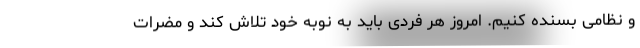
و نظامی بسنده کنیم. امروز هر فردی باید به نوبه خود تلاش کند و مضرات